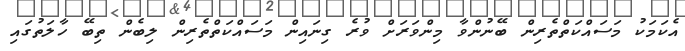
އެކަމަކު މަސައްކަތްތެރިން ބޭނުންވާ މިންވަރަށް ވުރެ ގިނައިން މަސައްކަތްތެރިން ލިބެން ތިބޭ ހާލަތުގައި